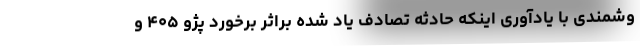
وشمندی با یادآوری اینکه حادثه تصادف یاد شده براثر برخورد پژو ۴۰۵ و